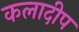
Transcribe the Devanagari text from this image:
कलादीप